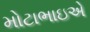
મોટાભાઇએ